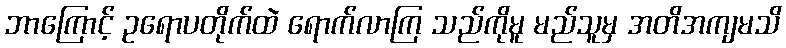
ဘာကြောင့် ဥရောပတိုက်ထဲ ရောက်လာကြ သည်ကိုမူ မည်သူမှ အတိအကျမသိ